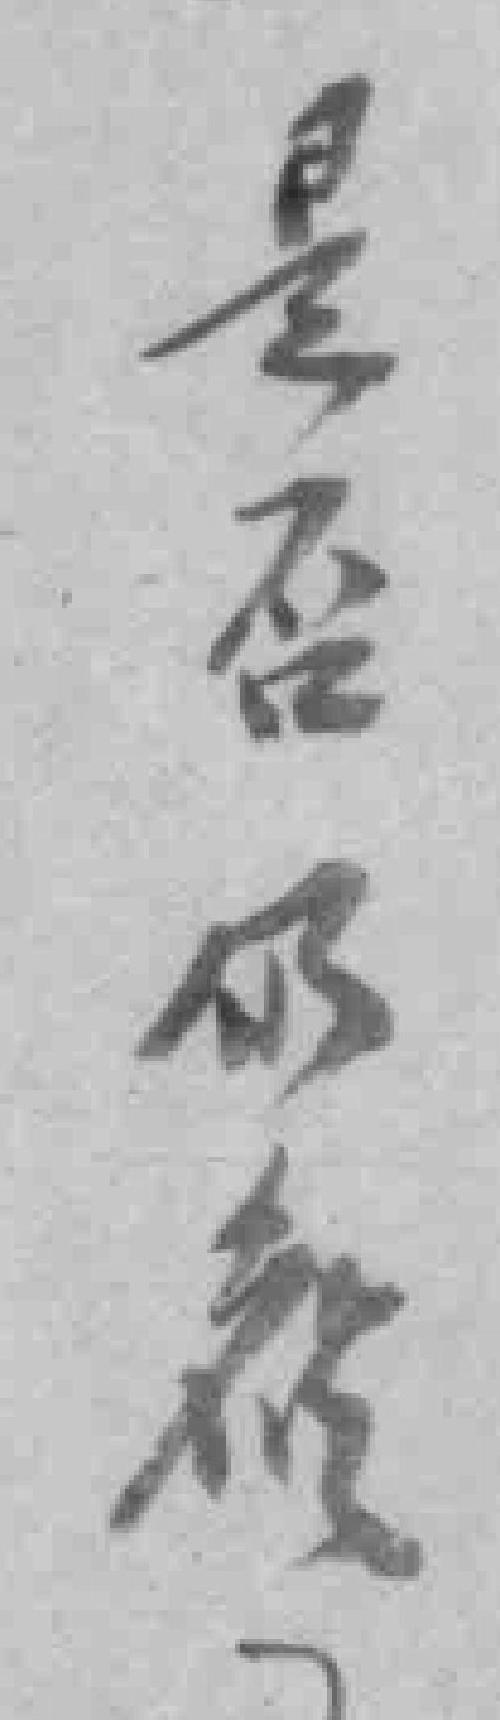
是否仍*